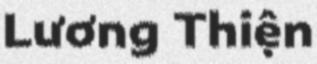
Lương Thiện